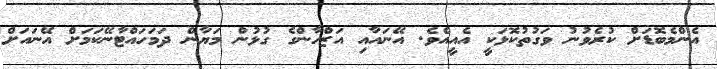
އެންމެބޮޑަށް ކުރެވުނު ވަގުތުކޮޅަކީ އެއީއެވެ. އޭނައާއި އަޒްހާންގެ ގުޅުން މަޔާން ދަމަހައްޓާނޭކަމަށް އޭނައަށް